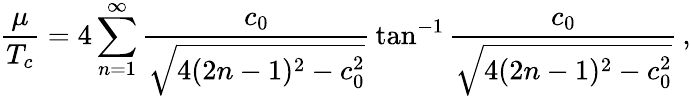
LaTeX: {\frac{\mu}{T_{c}}}=4\sum_{n=1}^{\infty}{\frac{c_{0}}{\sqrt{4(2n-1)^{2}-c_{0}^{2}}}}\tan^{-1}{\frac{c_{0}}{\sqrt{4(2n-1)^{2}-c_{0}^{2}}}}\, ,